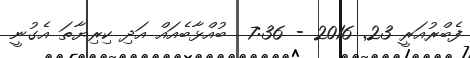
ފެބްރުއަރީ 23